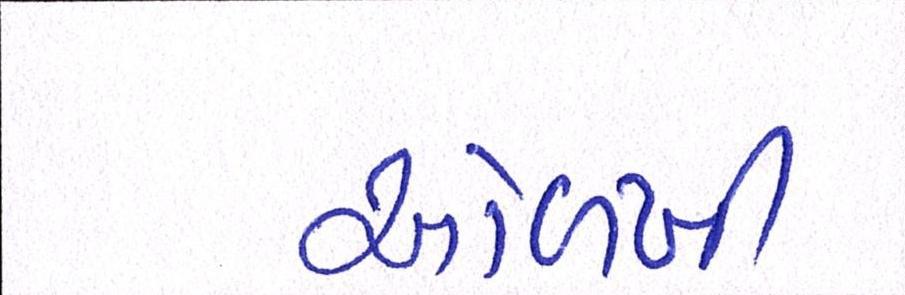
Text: ઓળખી